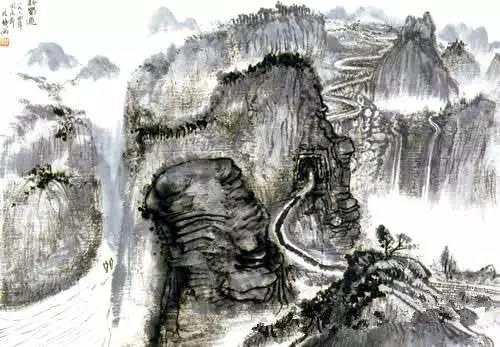
青天蜀道难，红叶吴江冷。